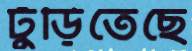
ঢুঁড়িতেছে